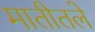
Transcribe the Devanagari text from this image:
मातीतले